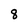
Character: 8